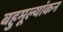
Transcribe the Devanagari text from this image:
बहुमूल्यांकन